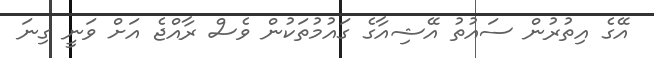
އޭގެ އިތުރުން ސައުތު އޭޝިއާގެ ގައުމުތަކުން ވެސް ރާއްޖެ އަށް ވަނީ ގިނަ